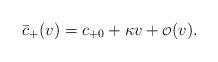
LaTeX: \begin{align*} \bar{c}_+(v)=c_{+0}+\kappa v+{\scriptstyle\mathcal{O}}(v).\end{align*}